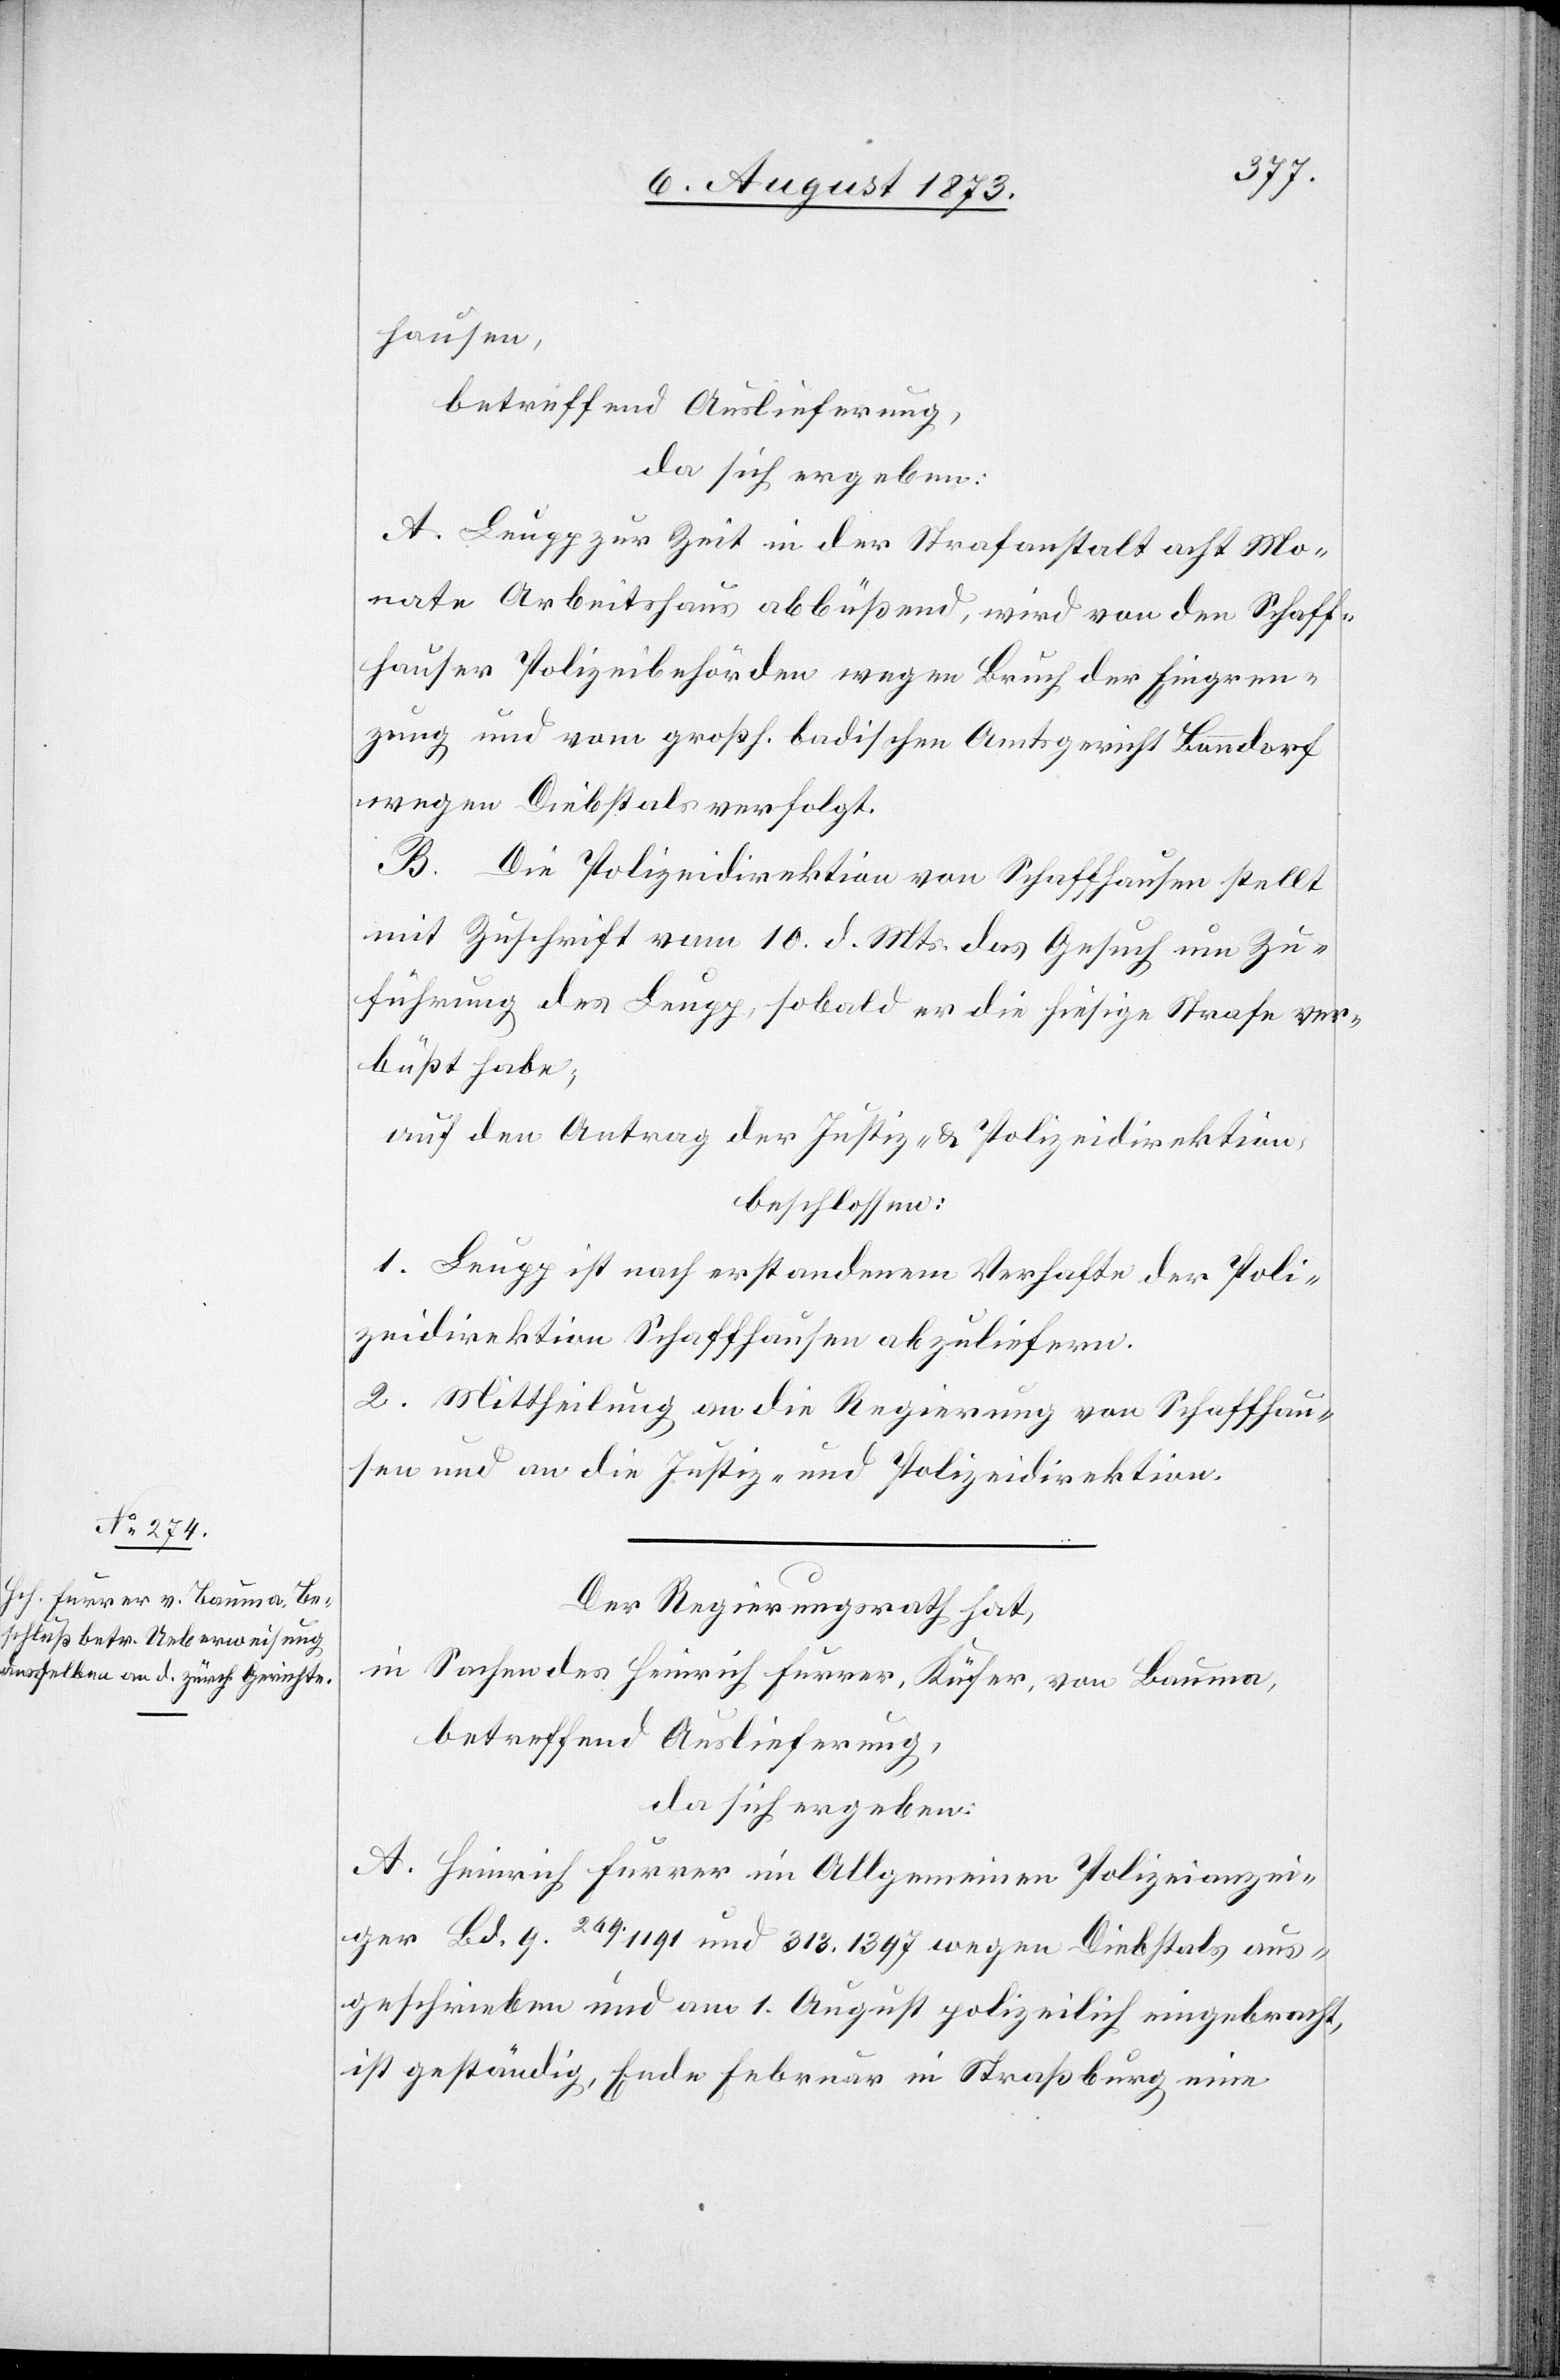
hausen,
betreffend Auslieferung,
da sich ergeben:
a. Leupp zur Zeit in der Strafanstalt acht Mo¬
nate Arbeitshaus abbüßend, wird von den Schaff¬
hauser Polizeibehörden wegen Bruch der Eingren¬
zung und vom großh. badischen Amtsgericht Bonndorf
wegen Diebstals verfolgt.
B. Die Polizeidirektion von Schaffhausen stellt
mit Zuschrift vom 10. d. Mts. das Gesuch um Zu¬
führung des Leupp, sobald er die hiesige Strafe ver¬
büßt habe;
auf den Antrag der Justiz- & Polizeidirektion,
beschlossen:
1. Leupp ist nach erstandenem Verhafte der Poli¬
zeidirektion Schaffhausen abzuliefern.
2. Mittheilung an die Regierung von Schaffhau¬
sen und an die Justiz- & Polizeidirektion.
Der Regierungsrath hat,
in Sachen des Heinrich Furrer, Küfer, von Bauma,
betreffend Auslieferung
da sich ergeben:
A. Heinrich Furrer im Allgemeinen Polizeianzei¬
ger Bd. 9. 269.1191 und 313.1397 wegen Diebstals aus¬
geschrieben und am 1. August polizeilich eingebracht,
ist geständig, Ende Februar in Straßburg eine